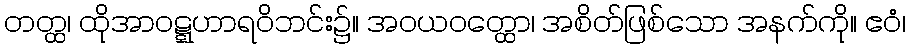
တတ္ထ၊ ထိုအာဝဋ္ဋဟာရဝိဘင်း၌။ အဝယဝတ္ထော၊ အစိတ်ဖြစ်သော အနက်ကို။ ဧဝံ၊